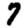
Digit: 7